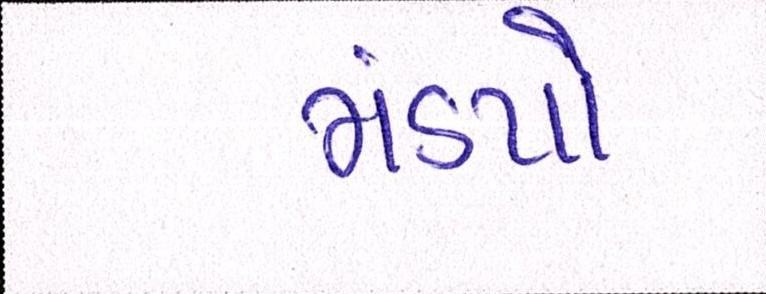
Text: મંડપો